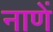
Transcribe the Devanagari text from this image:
नाणें